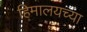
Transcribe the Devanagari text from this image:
हिमालयच्या